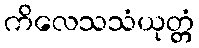
ကိလေသသံယုတ္တံ